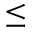
\leq